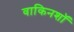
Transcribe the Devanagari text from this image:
वाकिनशॉ